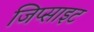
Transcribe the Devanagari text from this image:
जिप्साइट